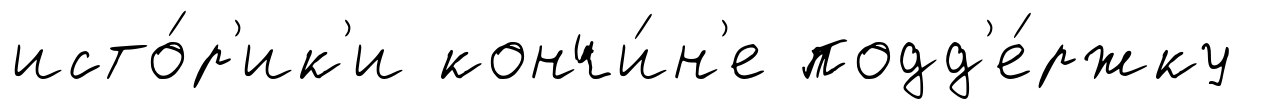
исто́р'ик'и кончи́н'е подд'е́ржку